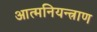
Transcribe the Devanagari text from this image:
आत्मनियन्त्राण